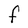
Character: F